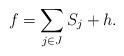
LaTeX: \begin{align*}f= \sum _{j\in J} S_j+ h.\end{align*}